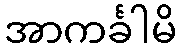
အာကင်္ခါမိ